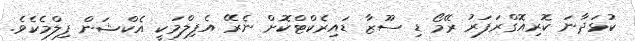
ކުޅަދާނަ ކޮރިއޮގްރަފަރު ރޭމޯ ޑި ސޫޒާ ޑައިރެކްޓްކޮށް ނެރޭ އެފިލްމަކީ އެކްޝަން ފިލްމެކެވެ.